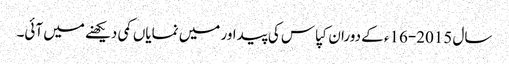
سال 2015-16ء کے دوران کپاس کی پیداور میں نمایاں کمی دیکھنے میں آئی۔